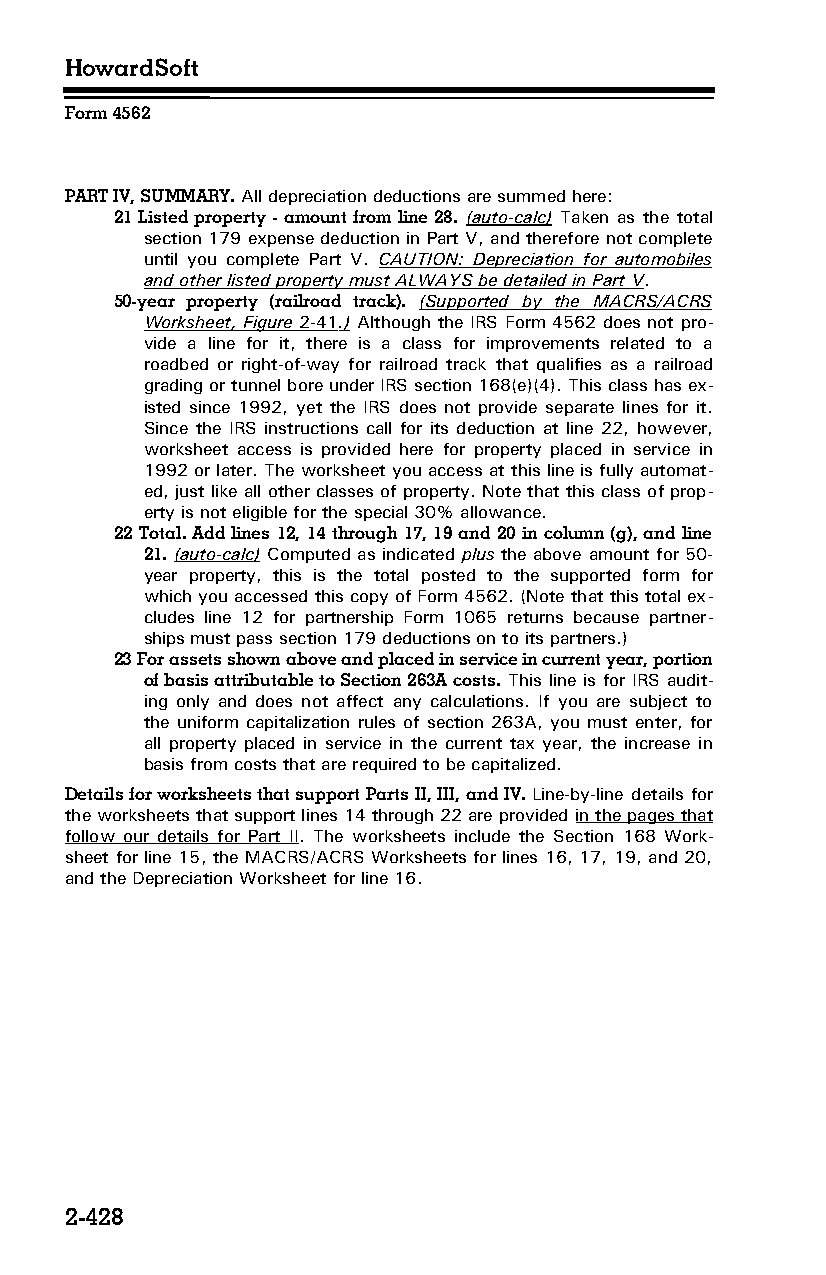
HowardSoft
 Form 4562
 PART IV, SUMMARY. All depreciation deductions are summed here:
 21 Listed property - amount from line 28. (auto-calc) Taken as the total
 section 179 expense deduction in Part V, and therefore not complete
 until you complete Part V. CAUTION: Depreciation for automobiles
 and other listed property must ALWAYS be detailed in Part V.
 50-year property (railroad track). (Supported by the MACRS/ACRS
 Worksheet, Figure 2-41 .) Although the IRS Form 4562 does not pro­
 vide a line for it, there is a class for improvements related to a
 roadbed or right-of-way for railroad track that qualifies as a railroad
 grading or tunnel bore under IRS section 168(e)(4). This class has ex­
 isted since 1992, yet the IRS does not provide separate lines for it.
 Since the IRS instructions call for its deduction at line 22, however,
 worksheet access is provided here for property placed in service in
 1992 or later. The worksheet you access at this line is fully automat­
 ed, just like all other classes of property. Note that this class of prop­
 erty is not eligible for the special 30% allowance.
 22 Total. Add lines 12, 14 through 17, 19 and 20 in column (g), and line
 21. (auto-calc) Computed as indicated plus the above amount for 50-
 year property, this is the total posted to the supported form for
 which you accessed this copy of Form 4562. (Note that this total ex­
 cludes line 12 for partnership Form 1065 returns because partner­
 ships must pass section 179 deductions on to its partners.)
 23 For assets shown above and placed in service in current year, portion
 of basis attributable to Section 263A costs. This line is for IRS audit­
 ing only and does not affect any calculations. If you are subject to
 the uniform capitalization rules of section 263A, you must enter, for
 all property placed in service in the current tax year, the increase in
 basis from costs that are required to be capitalized.
 Details for worksheets that support Parts II, III, and IV. Line-by-line details for
 the worksheets that support lines 14 through 22 are provided in the pages that
 follow our details for Part II. The worksheets include the Section 168 Work­
 sheet for line 15, the MACRS/ACRS Worksheets for lines 16, 17, 19, and 20,
 and the Depreciation Worksheet for line 16.
 2-428